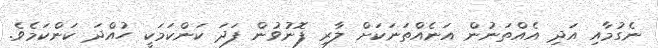
ނެގުމާއި އަދި އެއްތަނުން އަނެއްތަނަކަށް ލާރި ފޮނުވުން ފަދަ ކަންކަމަކީ ހުއްދަ ކަންކަމެވެ.